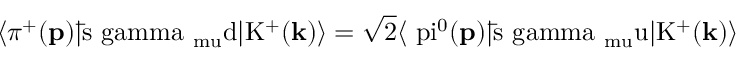
\langle \pi ^ { + } ( \bf { p } \mathrm { ) | \bar { s } \ g a m m a _ { \ m u } d | K ^ { + } ( \bf { k } \mathrm { ) \rangle = \sqrt { 2 } \langle \ p i ^ { 0 } ( \bf { p } \mathrm { ) | \bar { s } \ g a m m a _ { \ m u } u | K ^ { + } ( \bf { k } \mathrm { ) \rangle } } } }